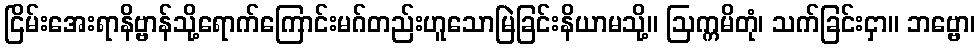
ငြိမ်းအေးရာနိဗ္ဗာန်သို့ရောက်ကြောင်းမဂ်တည်းဟူသောမြဲခြင်းနိယာမသို့။ ဩက္ကမိတုံ၊ သက်ခြင်းငှာ။ ဘဗ္ဗော၊